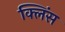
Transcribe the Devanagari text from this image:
क्लिंस